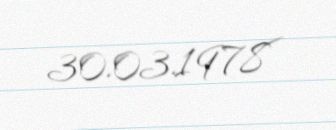
30.03.1978